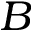
B